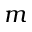
m